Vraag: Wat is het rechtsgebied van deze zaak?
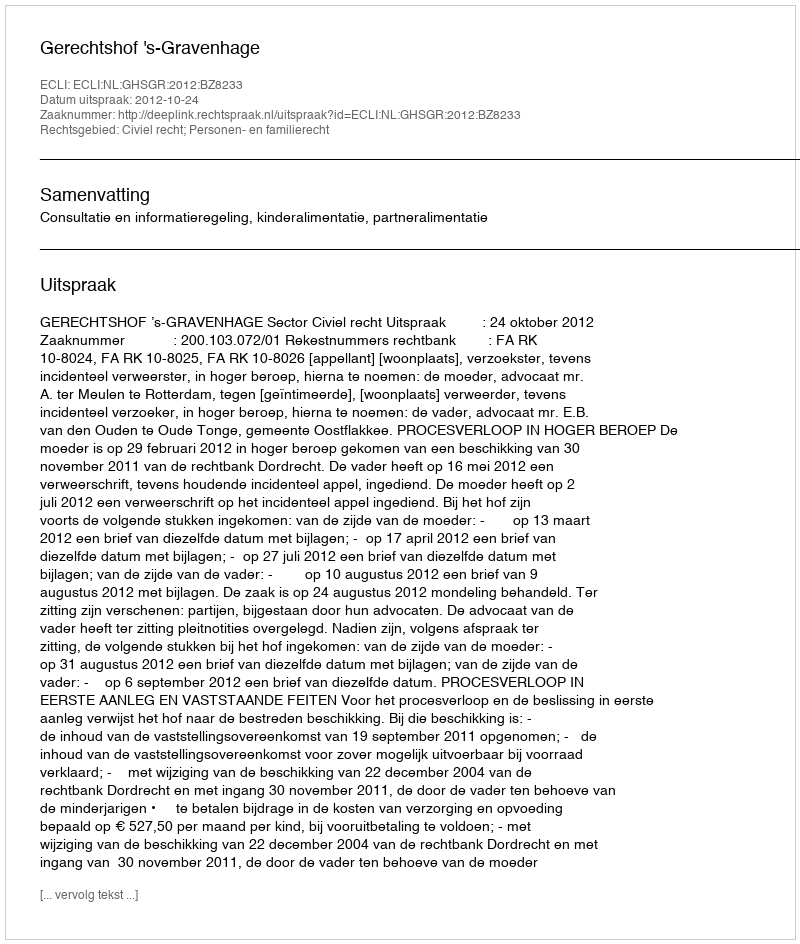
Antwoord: Civiel recht; Personen- en familierecht